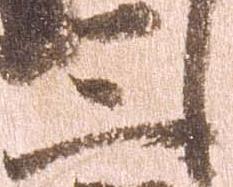
三